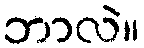
ဘာလဲ။